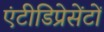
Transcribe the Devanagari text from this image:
एंटीडिप्रेसेंटों